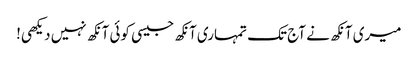
میری آنکھ نے آج تک تمہاری آنکھ جیسی کوئی آنکھ نہیں دیکھی!